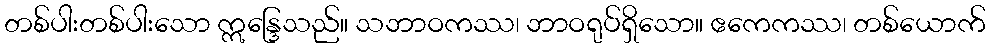
တစ်ပါးတစ်ပါးသော ဣန္ဒြေသည်။ သဘာဝကဿ၊ ဘာဝရုပ်ရှိသော။ ဧကေကဿ၊ တစ်ယောက်